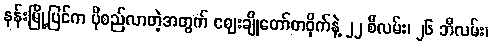
နန်းမြို့ပြင်က ပိုစည်လာတဲ့အတွက် ဈေးချိုတော်တဝိုက်နဲ့ ၂၂ စီလမ်း၊ ၂၆ ဘီလမ်း၊